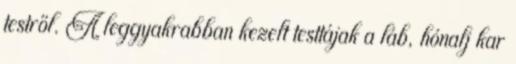
testről. A leggyakrabban kezelt testtájak a láb, hónalj kar